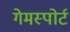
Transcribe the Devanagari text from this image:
गेमस्पोर्ट